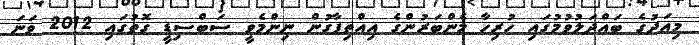
މިއަދުގެ ބައްދަލުވުމުގައި ހުރިހާ މެންބަރުންގެ އިއްތިފާގުން ނިންމެވީ ސަބްސިޑީ ގޮތުގައި 2012 ވަނަ